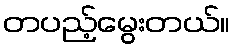
တပည့်မွေးတယ်။